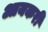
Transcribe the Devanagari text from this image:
आयकरी